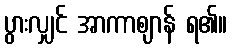
ပွားလျှင် အာကာဈာန် ရ၏။